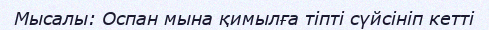
Мысалы: Оспан мына қимылға тіпті сүйсініп кетті